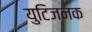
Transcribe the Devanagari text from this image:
युटिजनक